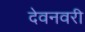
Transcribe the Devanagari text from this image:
देवनवरी